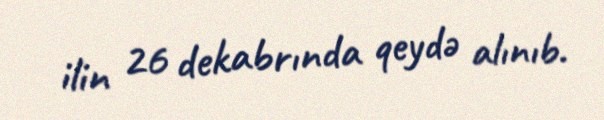
ilin 26 dekabrında qeydə alınıb.